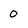
Character: 0